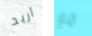
أريد مع